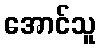
အောင်သူ